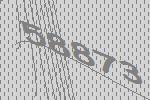
58873